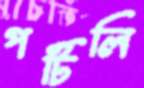
পটিলি